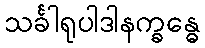
သင်္ခါရုပါဒါနက္ခန္ဓေ